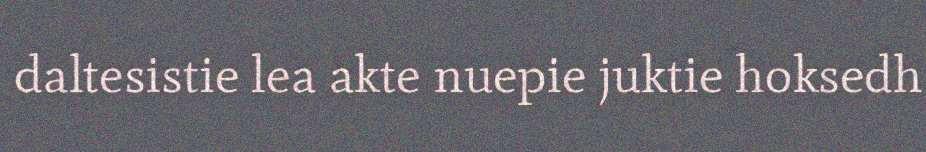
daltesistie lea akte nuepie juktie hoksedh